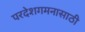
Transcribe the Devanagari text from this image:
परदेशगमनासाठी